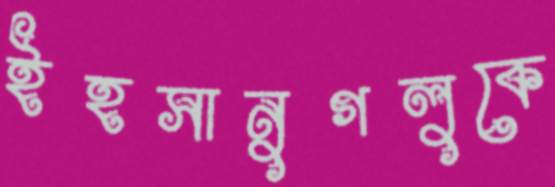
ইহসানুগলুকে